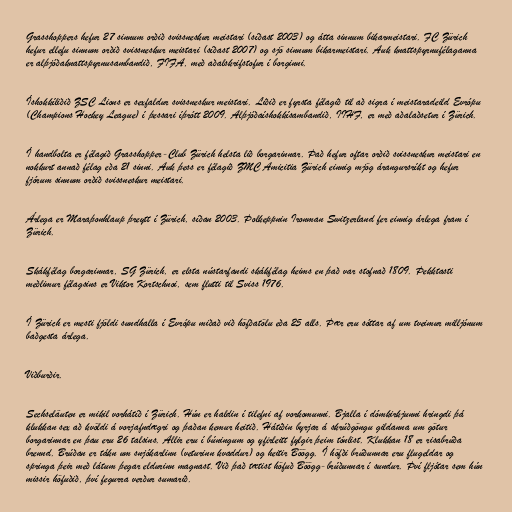
Grasshoppers hefur 27 sinnum orðið svissneskur meistari (síðast 2003) og átta sinnum bikarmeistari. FC Zürich
hefur ellefu sinnum orðið svissneskur meistari (síðast 2007) og sjö sinnum bikarmeistari. Auk knattspyrnufélaganna
er alþjóðaknattspyrnusambandið, FIFA, með aðalskrifstofur í borginni.

Íshokkíliðið ZSC Lions er sexfaldur svissneskur meistari. Liðið er fyrsta félagið til að sigra í meistaradeild Evrópu
(Champions Hockey League) í þessari íþrótt 2009. Alþjóðaíshokkísambandið, IIHF, er með aðalaðsetur í Zürich.

Í handbolta er félagið Grasshopper-Club Zürich helsta lið borgarinnar. Það hefur oftar orðið svissneskur meistari en
nokkurt annað félag eða 21 sinni. Auk þess er félagið ZMC Amicitia Zürich einnig mjög árangursríkt og hefur
fjórum sinnum orðið svissneskur meistari.

Árlega er Maraþonhlaup þreytt í Zürich, síðan 2003. Þolkeppnin Ironman Switzerland fer einnig árlega fram í
Zürich.

Skákfélag borgarinnar, SG Zürich, er elsta nústarfandi skákfélag heims en það var stofnað 1809. Þekktasti
meðlimur félagsins er Viktor Kortschnoi, sem flutti til Sviss 1976.

Í Zürich er mesti fjöldi sundhalla í Evrópu miðað við höfðatölu eða 25 alls. Þær eru sóttar af um tveimur milljónum
baðgesta árlega.

Viðburðir.

Sechseläuten er mikil vorhátíð í Zürich. Hún er haldin í tilefni af vorkomunni. Bjalla í dómkirkjunni hringdi þá
klukkan sex að kvöldi á vorjafndægri og þaðan kemur heitið. Hátíðin byrjar á skrúðgöngu gildanna um götur
borgarinnar en þau eru 26 talsins. Allir eru í búningum og yfirleitt fylgir þeim tónlist. Klukkan 18 er risabrúða
brennd. Brúðan er tákn um snjókarlinn (veturinn kvaddur) og heitir Böögg. Í höfði brúðunnar eru flugeldar og
springa þeir með látum þegar eldurinn magnast. Við það tætist höfuð Böögg-brúðunnar í sundur. Því fljótar sem hún
missir höfuðið, því fegurra verður sumarið.